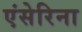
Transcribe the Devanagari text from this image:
एंसेरिना